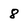
Character: 8